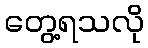
တွေ့ရသလို